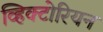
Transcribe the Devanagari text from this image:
व्हिक्टोरियन